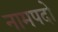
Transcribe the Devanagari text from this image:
नामपदो